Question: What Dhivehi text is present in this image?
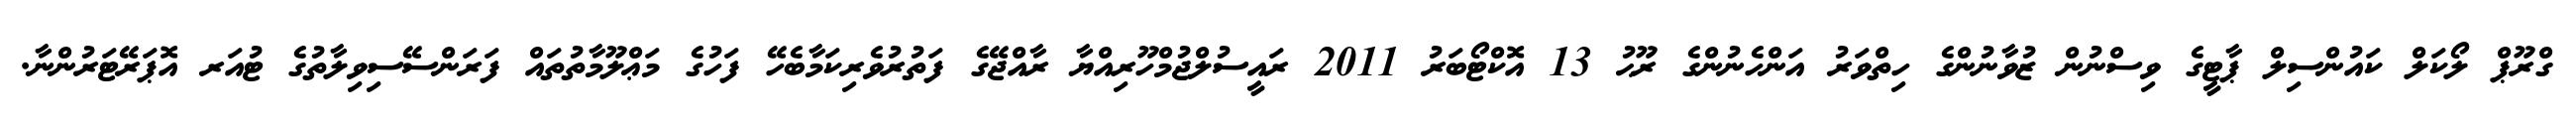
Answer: ގްރޫޕް ލޯކަލް ކައުންސިލް ޕާޓީގެ ވިސްނުން ޒުވާނުންގެ ހިތްވަރު އަންހެނުންގެ ރޫޙު 13 އޮކްޓޯބަރު 2011 ރައީސުލްޖުމްހޫރިއްޔާ ރާއްޖޭގެ ފަތުރުވެރިކަމާބެހޭ ފަހުގެ މަޢްލޫމާތުތައް ފަރަންސޭސިވިލާތުގެ ޓުއަރ އޮޕަރޭޓަރުންނާ.